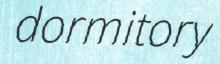
dormitory